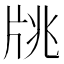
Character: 㸠